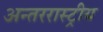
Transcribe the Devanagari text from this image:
अन्तररास्ट्रीय